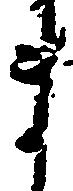
ま